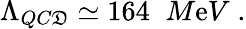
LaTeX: \Lambda_{QC\mathfrak{D}}\simeq164\; \; M\mathrm{e}V\; .